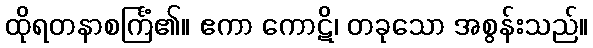
ထိုရတနာစင်္ကြံ၏။ ဧကာ ကောဋိ၊ တခုသော အစွန်းသည်။